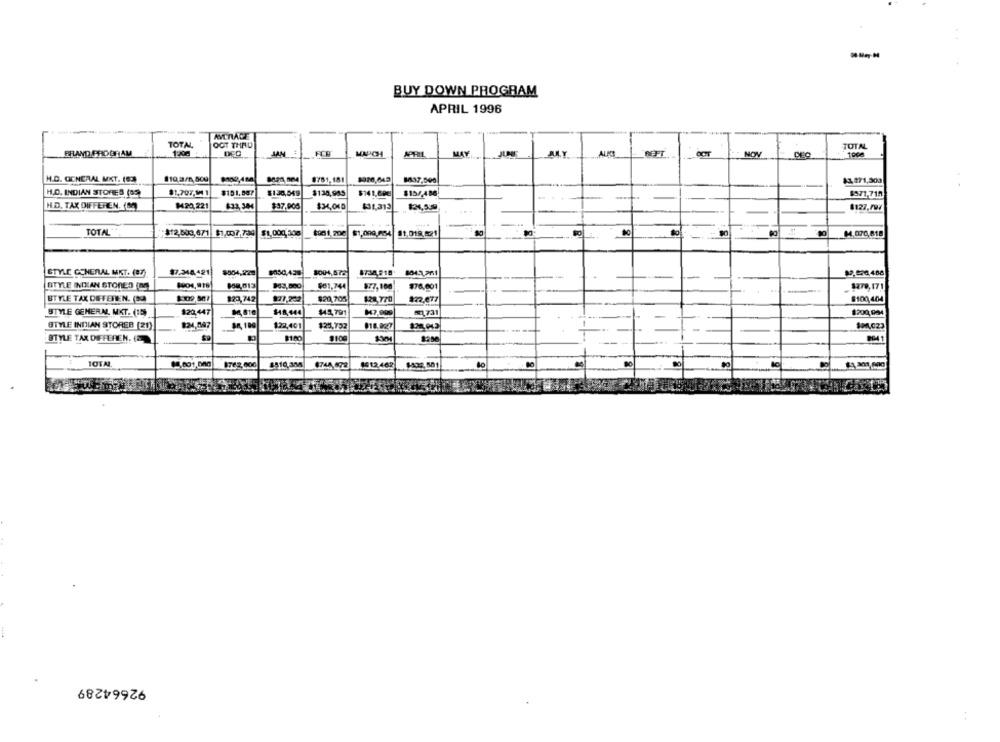
BUY DOWN PROGRAM
APRIL 1996
AVERAGE
TOTAL
OCT THAD
TOTAL
BRANDPROGRAM
1:208
JAN
FCB
MAY
NOW
1908
H.O. GENERAL MKT. (02)
8781,181
M37,500
$1,371,303
H.O. INDIAN STORES (89)
$1,707.1M 1
$151.06?
$130,549
$130,985
$141,60€
$10/486
1971,719
H.D. TAX DIFFEREN. (80)
H20,221
632,38
$37,005
$34,040
$31,313
$31,539
.. .
$127.797
TOTAL"
$12,500,671 $1,007,704
$1,000,508
$1,099,054
31.019,021
M.070,818
STYLE GENERAL MKT. (87)
8734.818 804.1.201
STYLE INDIAN STORES (0)
501,744
877,100
#76,001
$279,171
BTYLE TAX DIFFEREN. (BO)
$23,742
17,202
$20,705
$28.770
$22.077
$100,404
STYLE GENERAL, MKT. (15)
$20,447
148,144
$45,791
5.731
$200,004
STYLE INDIAN STOREB [21)
824,097
PR. 100
122,401
$20,732
$14.027
STYLE TAX DIFFEREN.
8100
$100
2200
TOTAL
$510,384
$748.472
1512 462
8762,000
92664289